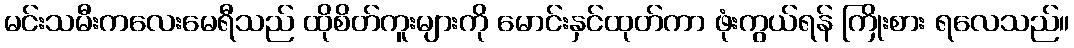
မင်းသမီးကလေးမေရီသည် ထိုစိတ်ကူးများကို မောင်းနှင်ထုတ်ကာ ဖုံးကွယ်ရန် ကြိုးစား ရလေသည်။